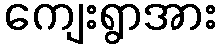
ကျေးရွာအား